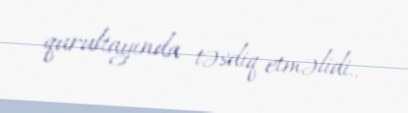
qurultayında təsdiq etməlidi..